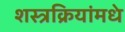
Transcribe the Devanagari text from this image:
शस्त्रक्रियांमधे